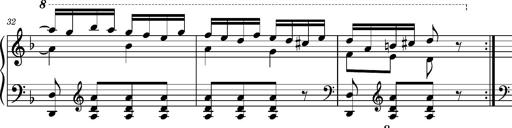
Title: Ungarischer Romanzero
Composer: Franz Liszt